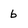
Character: b